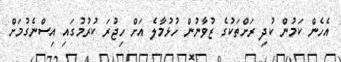
އެހެން ކަމުން ކުދި ރަށްތަކުގެ ޒުވާނުން ހުޅުމާލެ އަށް ހިޖުރަ ކުރުމުގައި އިސްނެގުމަށް